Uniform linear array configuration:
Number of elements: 16
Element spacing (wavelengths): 0.5
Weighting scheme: blackman
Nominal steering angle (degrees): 60
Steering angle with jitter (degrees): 59.909
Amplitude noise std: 0.05
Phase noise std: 0.05

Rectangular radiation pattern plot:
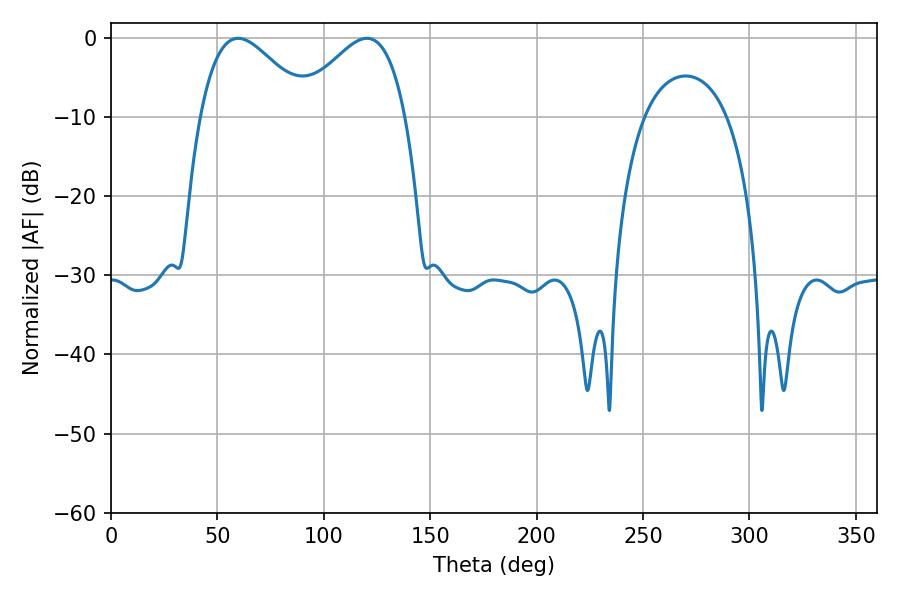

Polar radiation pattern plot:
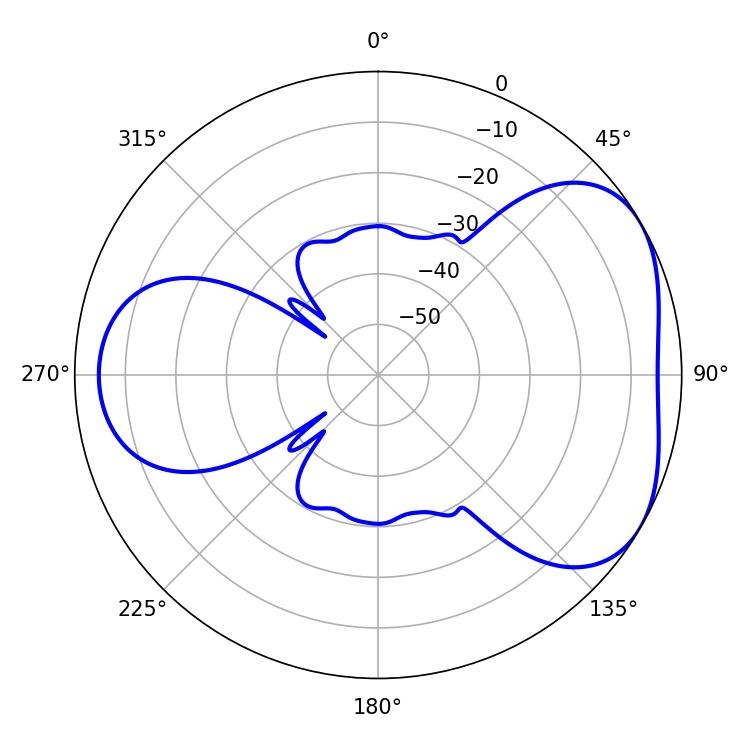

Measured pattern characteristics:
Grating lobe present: FALSE
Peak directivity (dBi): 4.367
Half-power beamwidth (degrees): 27.54
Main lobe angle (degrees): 59.76